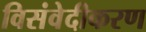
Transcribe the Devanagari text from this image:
विसंवेदीकरण